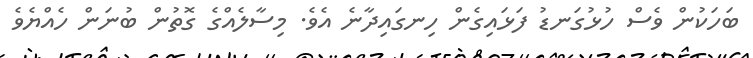
ބަހަކުން ވެސް ހުޅުގަނޑު ފަޅައިގެން ހިނގައިދާނެ އެވެ. މިސާލެއްގެ ގޮތުން ބުނަން ހެއްޔެވެ